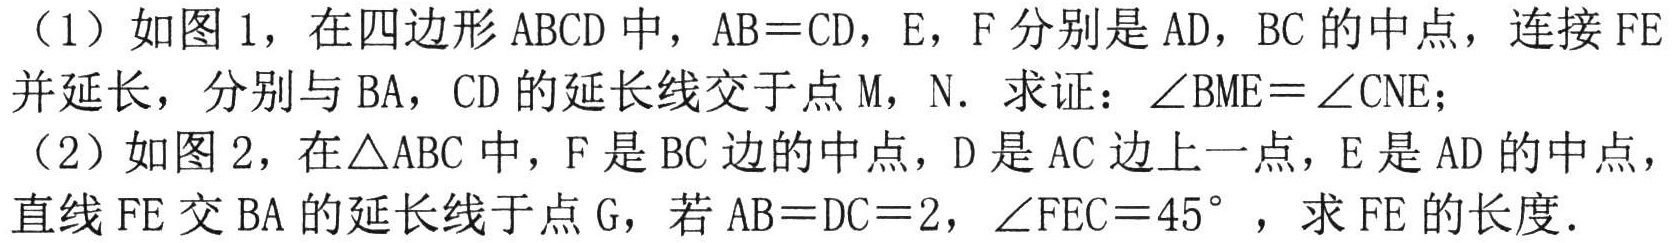
（1）如图 1，在四边形 ABCD 中，AB = CD，E，F 分别是 AD，BC 的中点，连接 FE 并延长，分别与 BA，CD 的延长线交于点 M，N. 求证：$\angle BME=\angle CNE$；

（2）如图 2，在$\triangle ABC$中，F 是 BC 边的中点，D 是 AC 边上一点，E 是 AD 的中点，直线 FE 交 BA 的延长线于点 G，若 AB = DC = 2，$\angle FEC = 45^{\circ}$，求 FE 的长度.